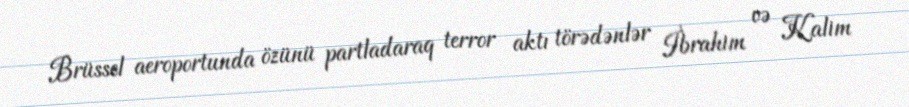
Brüssel aeroportunda özünü partladaraq terror aktı törədənlər İbrahim və Kalim